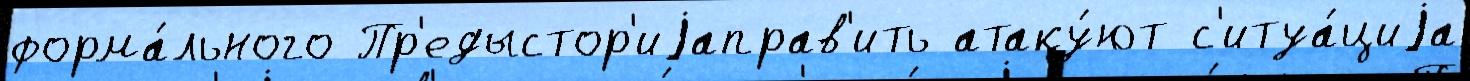
форма́льного Пр'едыстор'иjаправ'ить атаку́ют с'итуа́циjа